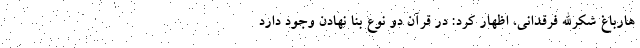
هارباغ شکرالله فرقدانی، اظهار کرد: در قرآن دو نوع بنا نهادن وجود دارد